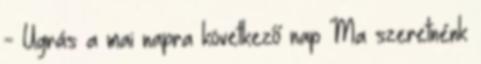
- Ugrás a mai napra következő nap Ma szeretnénk